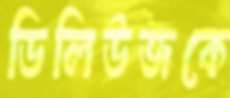
ডিলিউজকে